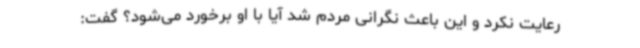
رعایت نکرد و این باعث نگرانی مردم شد آیا با او برخورد می‌شود؟ گفت: